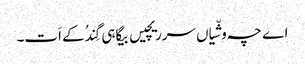
اے چہ وشّیاں سرریچیں بیگاہی گِندُکے اَت۔